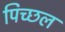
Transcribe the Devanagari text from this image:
पिच्छल